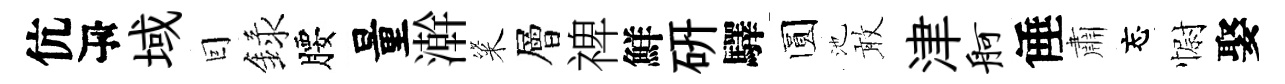
伉瓴域囙録腰量澣粢層禆鮮硏驛圆池敢津舸倕肅忘𢠢娶